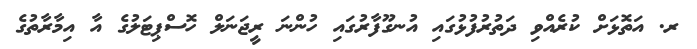
ރ. އަތޮޅަށް ކުރެއްވި ދަތުރުފުޅުގައި އުނގޫފާރުގައި ހުންނަ ރީޖަނަލް ހޮސްޕިޓަލުގެ އާ އިމާރާތުގެ